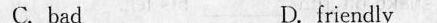
C.badD.friendly